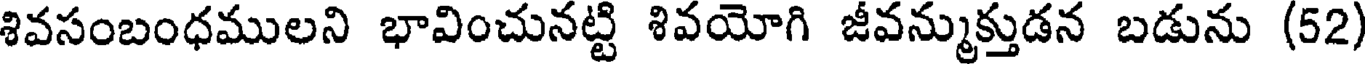
శివసంబంధములని భావించునట్టి శివయోగి జీవన్ముక్తుడన బడును (52)